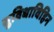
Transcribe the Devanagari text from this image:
सुविधाविहिन